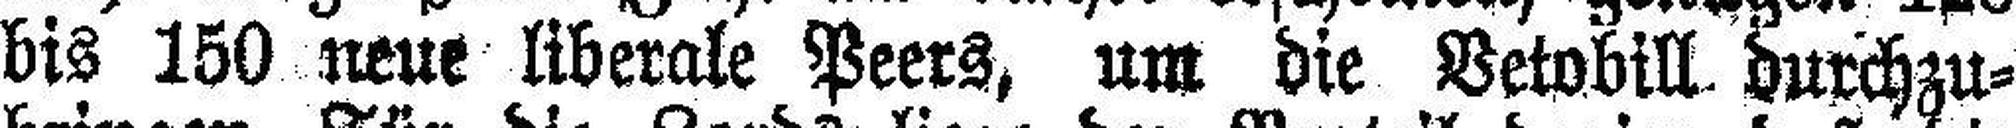
bis 150 neue liberale Peers, um die Vetobill durchzu¬